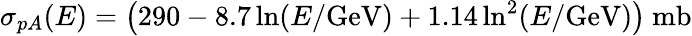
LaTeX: \sigma_{pA}(E)=\bigl(290-8.7\ln(E/\mathrm{GeV})+1.14\ln^{2}(E/\mathrm{GeV})\bigr)\ \mathrm{mb}